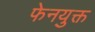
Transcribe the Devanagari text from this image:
फेनयुक्त